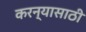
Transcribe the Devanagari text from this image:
करन्यासाठी